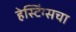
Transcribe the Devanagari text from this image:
हेस्टिंग्सचा